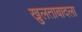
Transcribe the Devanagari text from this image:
खुलताबादला